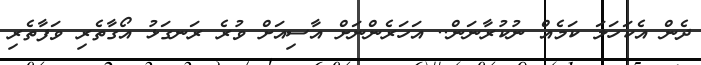
ދެން އެކަހަލަ ކަމެއް ނުކުރާނަން.. އަހަރެންނަށް އާސިއަށް ވުރެ ރަނގަޅު އޯގާތެރި ވަފާތެރި